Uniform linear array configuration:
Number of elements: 32
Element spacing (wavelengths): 0.75
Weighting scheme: blackman
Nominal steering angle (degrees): -60
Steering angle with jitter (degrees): -61.115
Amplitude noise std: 0.05
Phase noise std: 0.05

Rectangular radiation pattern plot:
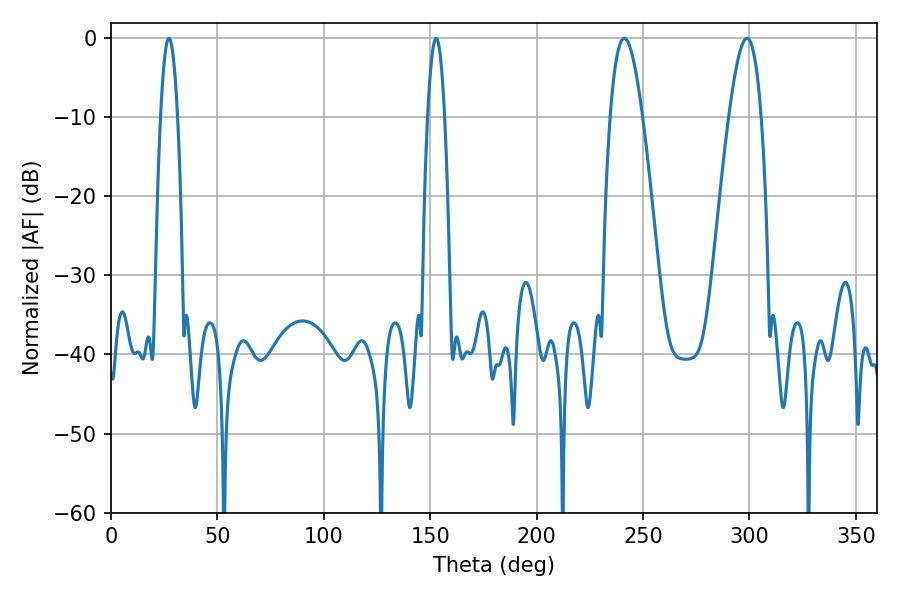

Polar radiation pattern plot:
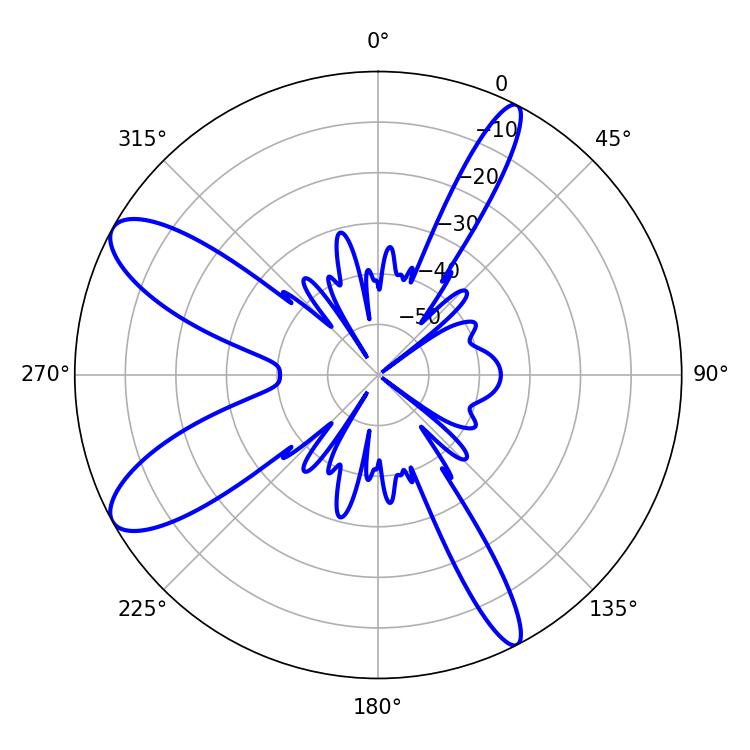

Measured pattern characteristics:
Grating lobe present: TRUE
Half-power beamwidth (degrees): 8.1
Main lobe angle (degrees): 298.8